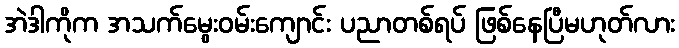
အဲဒါကိုက အသက်မွေးဝမ်းကျောင်း ပညာတစ်ရပ် ဖြစ်နေပြီမဟုတ်လား